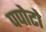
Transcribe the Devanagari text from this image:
पपोटो